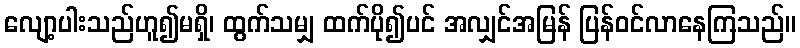
လျော့ပါးသည်ဟူ၍မရှိ၊ ထွက်သမျှ ထက်ပို၍ပင် အလျှင်အမြန် ပြန်ဝင်လာနေကြသည်။